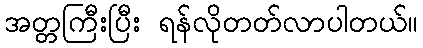
အတ္တကြီးပြီး ရန်လိုတတ်လာပါတယ်။